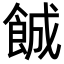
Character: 𬲐